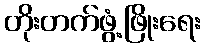
တိုးတက်ဖွံ့ဖြိုးရေး